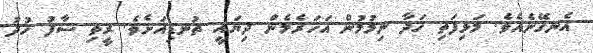
އެނގޭނެއެވެ. މަޅިފަތި ހަދާ ނިމުމުން އަހަރެމެން ދިޔައީ ތުނޑިއަށެވެ. ރީތި ސާފު ހުދު